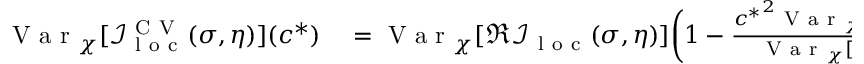
\begin{array} { r l } { \mathrm { ~ V ~ a ~ r ~ } _ { \chi } [ \mathcal { I } _ { \mathrm { ~ l ~ o ~ c ~ } } ^ { \mathrm { ~ C ~ V ~ } } ( \sigma , \eta ) ] ( c ^ { * } ) } & { { } = \mathrm { ~ V ~ a ~ r ~ } _ { \chi } [ \Re \mathcal { I } _ { \mathrm { ~ l ~ o ~ c ~ } } ( \sigma , \eta ) ] \bigg ( 1 - \frac { { c ^ { * } } ^ { 2 } \mathrm { ~ V ~ a ~ r ~ } _ { \chi } [ | \mathcal { F } _ { \mathrm { ~ l ~ o ~ c ~ } } ( \sigma , \eta ) | ^ { 2 } ] } { \mathrm { ~ V ~ a ~ r ~ } _ { \chi } [ \Re \mathcal { I } _ { \mathrm { ~ l ~ o ~ c ~ } } ( \sigma , \eta ) ] } \bigg ) , } \end{array}